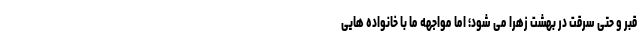
قبر و حتی سرقت در بهشت زهرا می شود؛ اما مواجهه ما با خانواده هایی